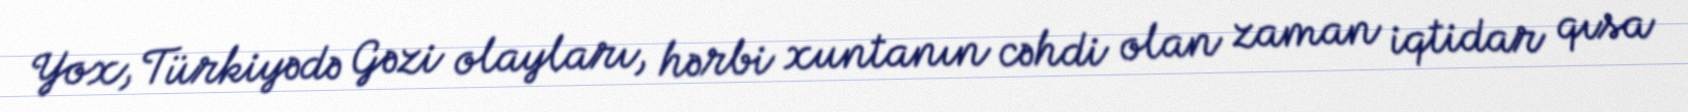
Yox, Türkiyədə Gəzi olayları, hərbi xuntanın cəhdi olan zaman iqtidar qısa